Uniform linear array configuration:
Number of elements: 12
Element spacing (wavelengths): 0.25
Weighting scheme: hann
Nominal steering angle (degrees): -15
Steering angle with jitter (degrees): -13.701
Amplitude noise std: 0.05
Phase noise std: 0.05

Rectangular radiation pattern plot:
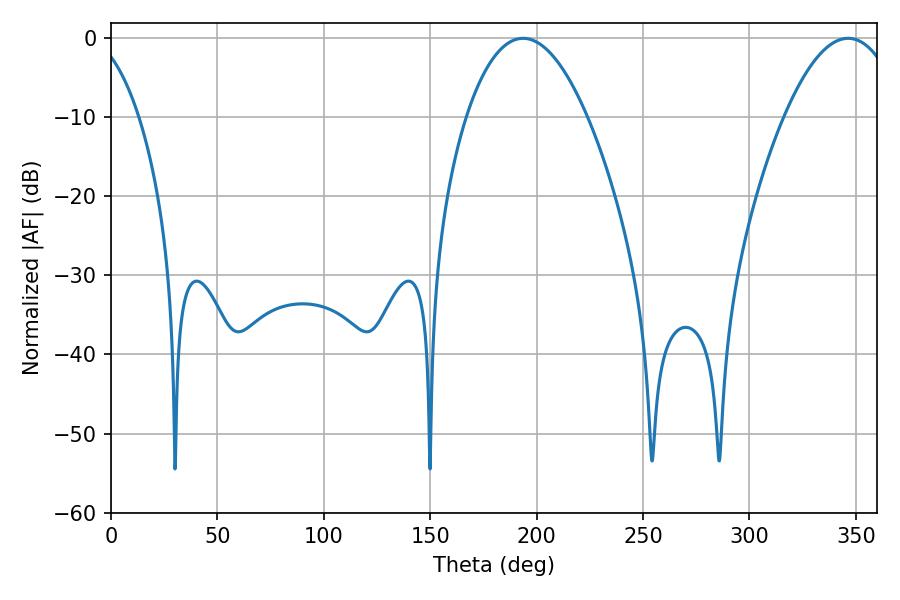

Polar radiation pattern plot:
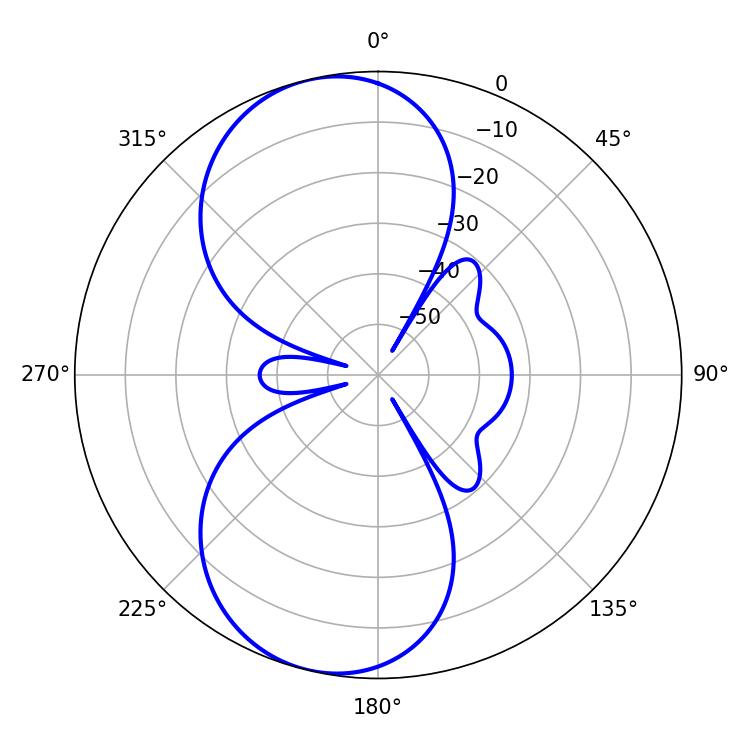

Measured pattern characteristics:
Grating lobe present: FALSE
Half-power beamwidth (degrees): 31.5
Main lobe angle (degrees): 193.68